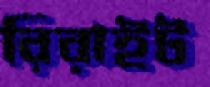
রিরাইট